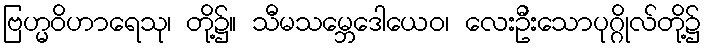
ဗြဟ္မဝိဟာရေသု၊ တို့၌။ သီမသမ္ဘေဒေါယေဝ၊ လေးဦးသောပုဂ္ဂိုလ်တို့၌